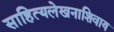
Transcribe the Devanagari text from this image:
साहित्यलेखनाशिवाय